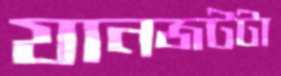
যানজটটা